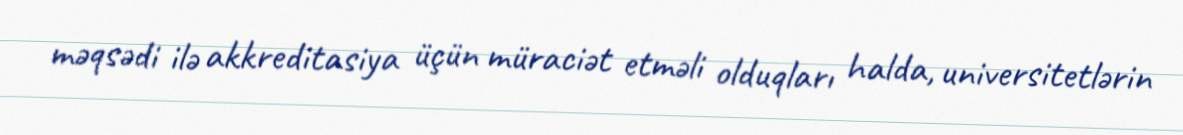
məqsədi ilə akkreditasiya üçün müraciət etməli olduqları halda, universitetlərin